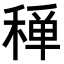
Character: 𥠐